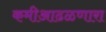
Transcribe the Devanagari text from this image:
कमीआढळणारा